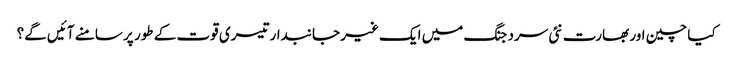
کیا چین اور بھارت نئی سرد جنگ میں ایک غیر جانبدار تیسری قوت کے طور پر سامنے آئیں گے؟